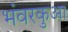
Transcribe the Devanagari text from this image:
भंवरकुआ